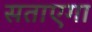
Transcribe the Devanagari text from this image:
सताएगा